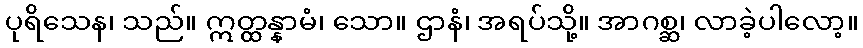
ပုရိသေန၊ သည်။ ဣတ္ထန္နာမံ၊ သော။ ဌာနံ၊ အရပ်သို့။ အာဂစ္ဆ၊ လာခဲ့ပါလော့။